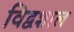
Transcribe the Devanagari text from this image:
विद्वशाल